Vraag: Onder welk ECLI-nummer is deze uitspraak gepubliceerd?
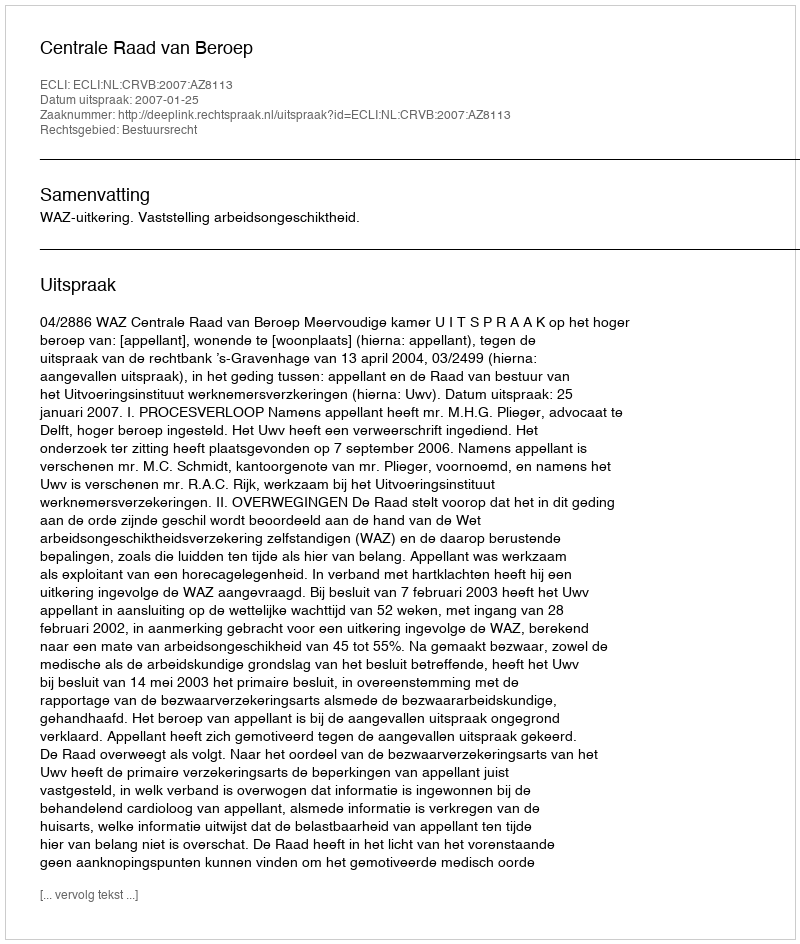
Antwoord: ECLI:NL:CRVB:2007:AZ8113